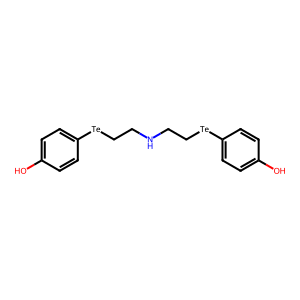
SMILES: Oc1ccc([Te]CCNCC[Te]c2ccc(O)cc2)cc1
Inhibits HIV replication: No